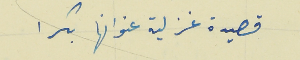
قصيدة غزلية عنوانها بكرا